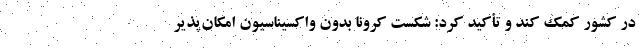
در کشور کمک کند و تأکید کرد: شکست کرونا بدون واکسیناسیون امکان‌پذیر